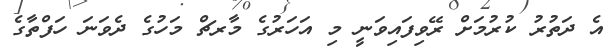
އެ ދަތުރު ކުރުމަށް ރޭވިފައިވަނީ މި އަހަރުގެ މާރޗް މަހުގެ ދެވަނަ ހަފްތާގެ